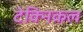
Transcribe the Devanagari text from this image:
टेक्‍िनकल